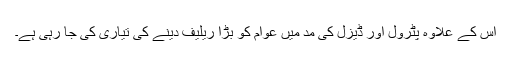
اس کے علاوہ پٹرول اور ڈیزل کی مد میں عوام کو بڑا ریلیف دینے کی تیاری کی جا رہی ہے۔